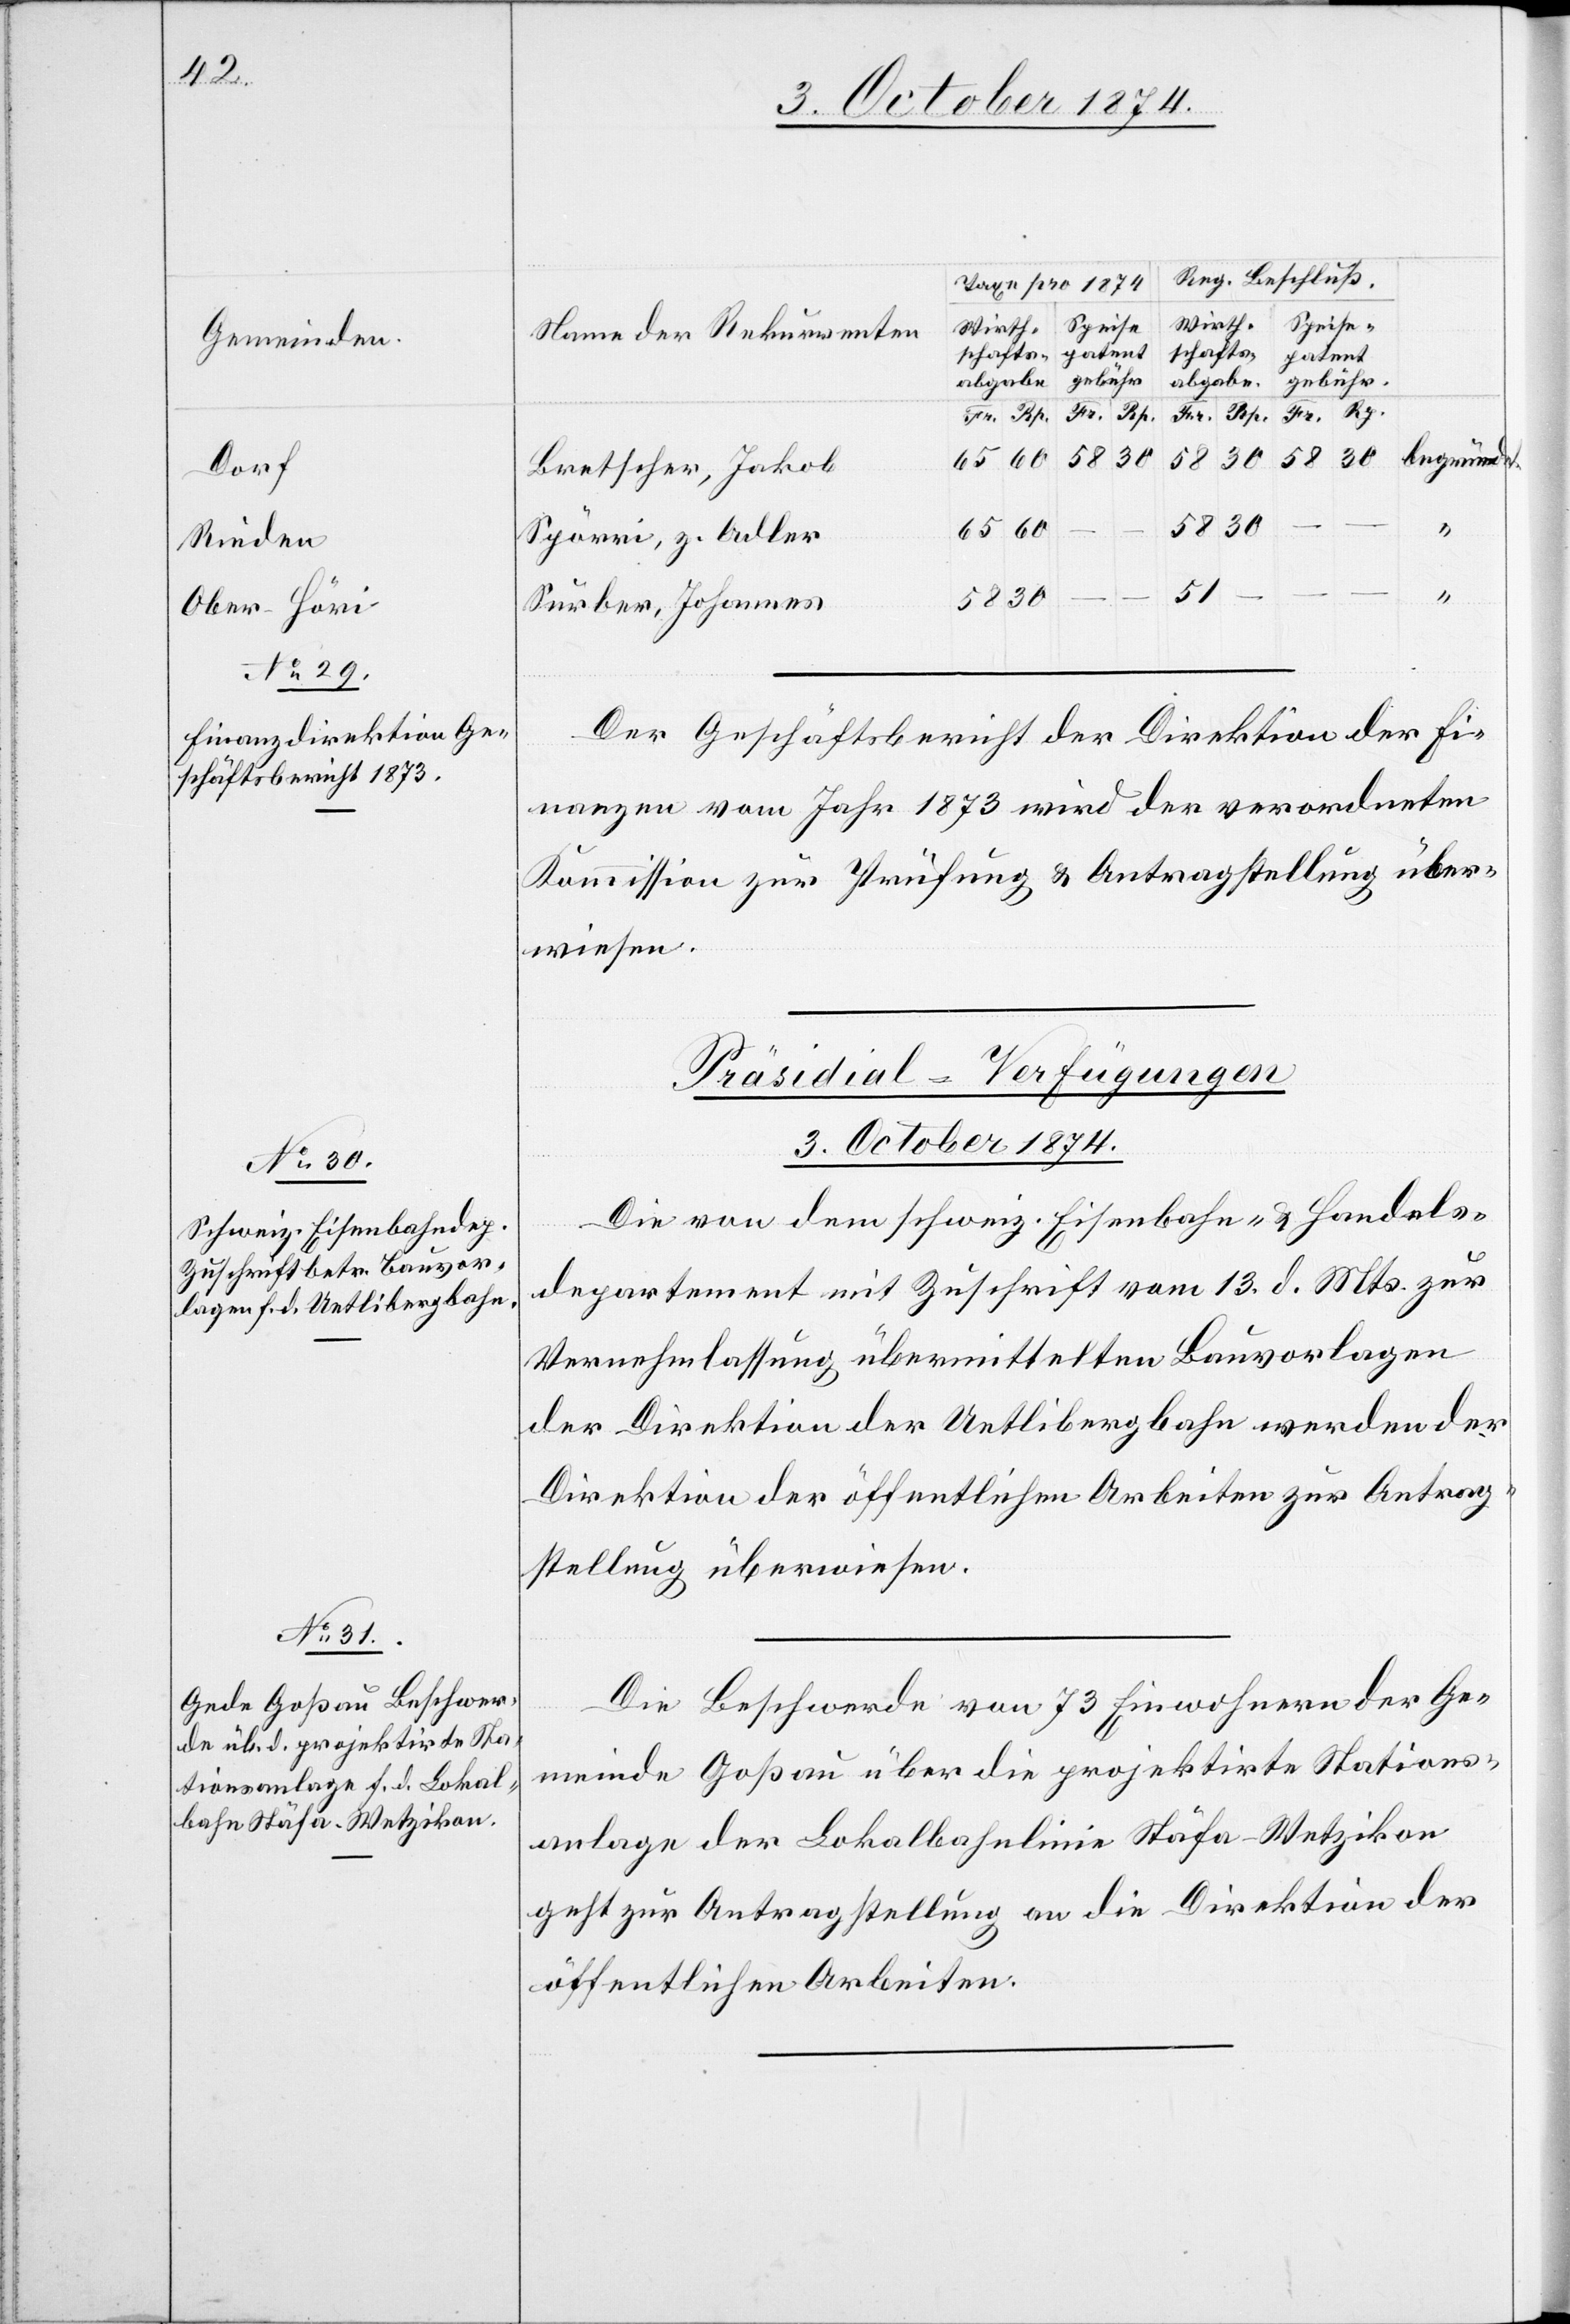
Dorf
Rieden
Ober-Höri

3. October 1874.]
30
Bretscher, Jakob
60
58
Spörri, z. Adler
51
Surber, Johannes
Der Geschäftsbericht der Direktion der Fi¬
nanzen vom Jahr 1873 wird der verordneten
Kommission zur Prüfung & Antragstellung über¬
wiesen.
[Präsidial-Verfügungen
3. October 1874.
Die von dem schweiz. Eisenbahn- & Handels¬
departement mit Zuschrift vom 13. d. Mts. zur
Vernehmlassung übermittelten Bauvorlagen
der Direktion der Uetlibergbahn werden der
Direktion der öffentlichen Arbeiten zur Antrag¬
stellung überwiesen.
Die Beschwerde von 73 Einwohnern der Ge¬
meinde Goßau über die projektirte Stations¬
anlage der Lokalbahnlinie Stäfa–Wetzikon
geht zur Antragstellung an die Direktion der
öffentlichen Arbeiten.